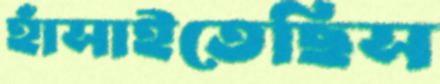
হাঁসাইতেছিস